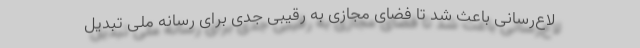
لاع‌رسانی باعث شد تا فضای مجازی به رقیبی جدی برای رسانه ملی تبدیل